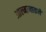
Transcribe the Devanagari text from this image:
आल्मानाकने